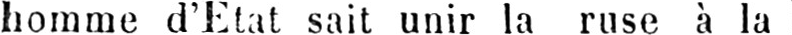
homme d’Etat sait unir la ruse à la